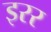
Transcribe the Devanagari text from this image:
इरर